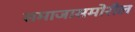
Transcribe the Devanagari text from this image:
समाजासमोरील